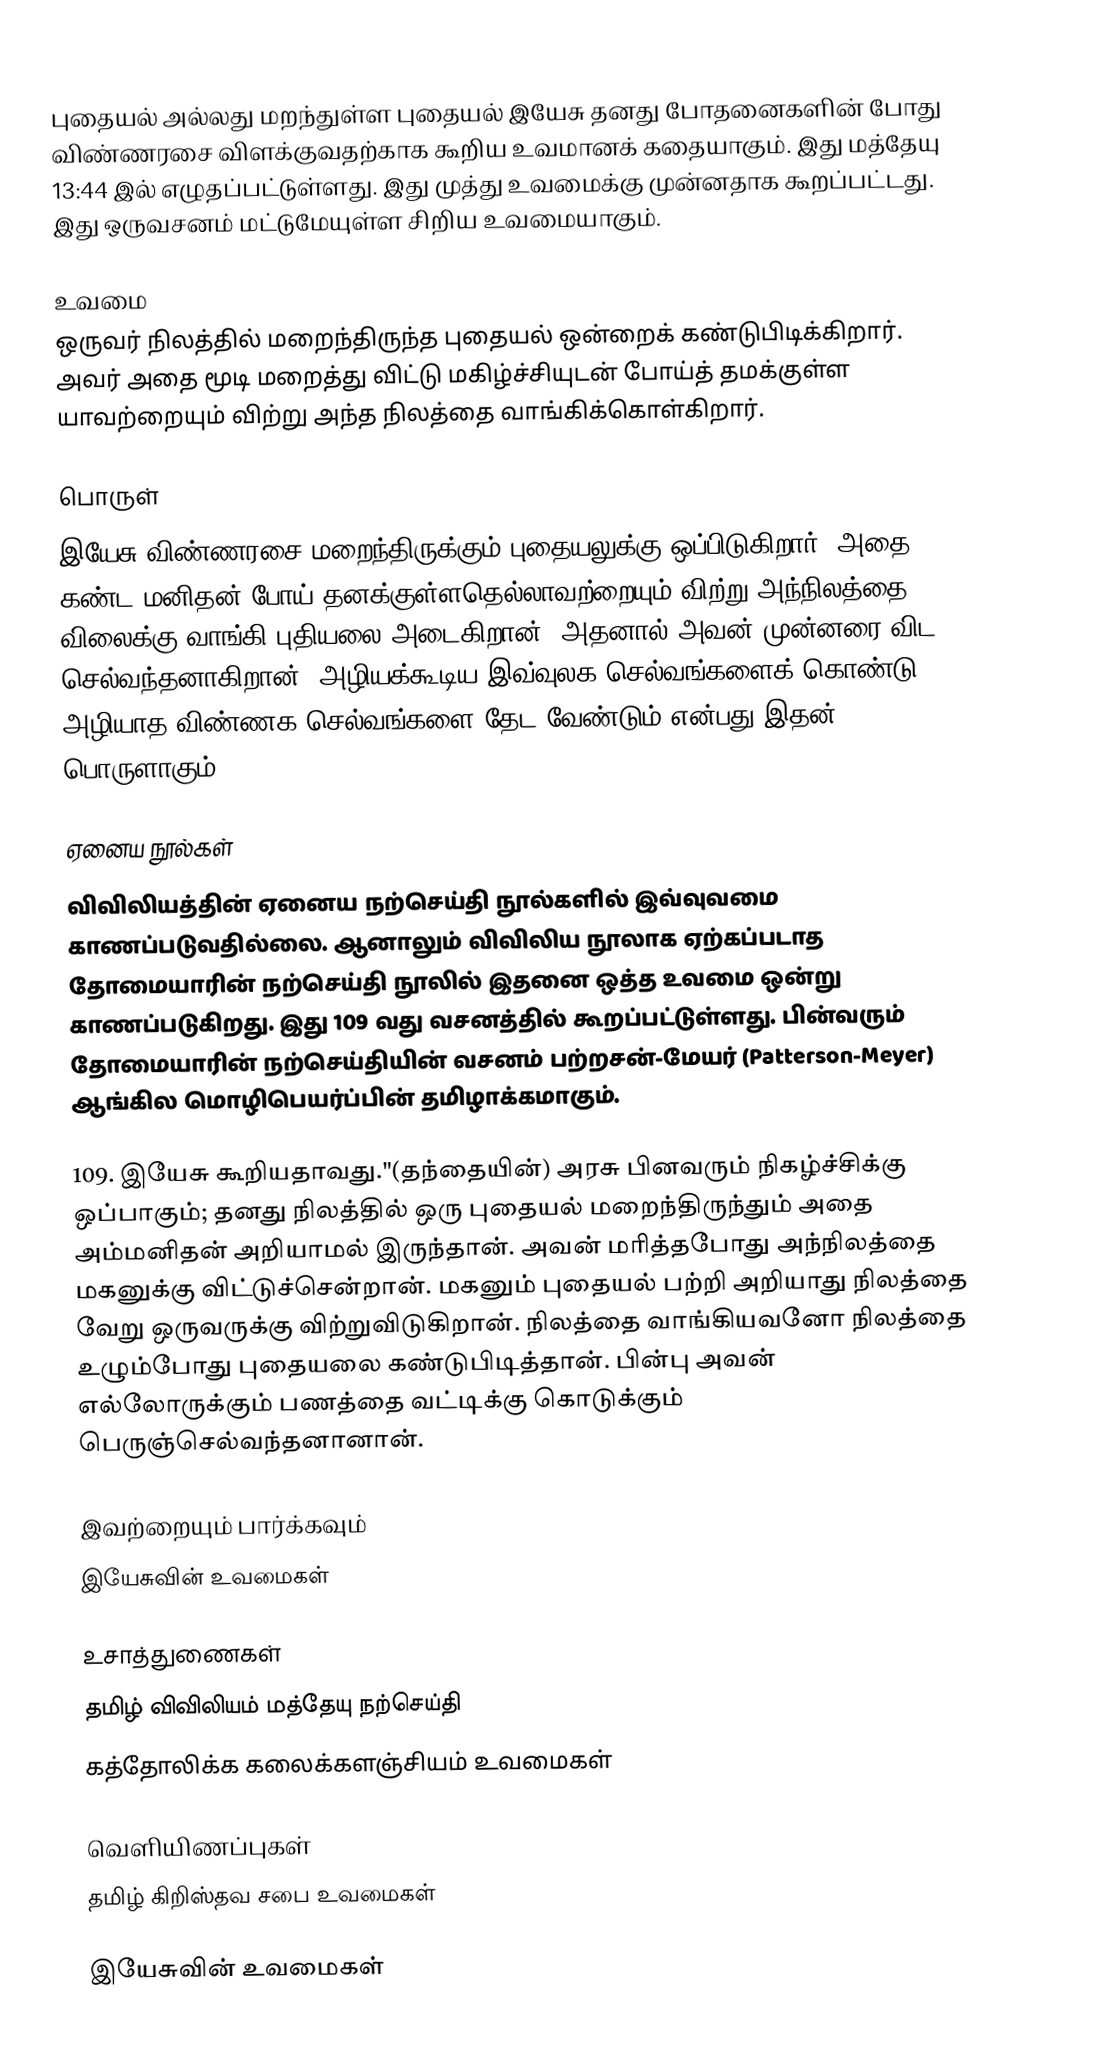
புதையல் அல்லது மறந்துள்ள புதையல் இயேசு தனது போதனைகளின் போது விண்ணரசை விளக்குவதற்காக கூறிய உவமானக் கதையாகும். இது மத்தேயு 13:44 இல் எழுதப்பட்டுள்ளது. இது முத்து உவமைக்கு முன்னதாக கூறப்பட்டது. இது ஒருவசனம் மட்டுமேயுள்ள சிறிய உவமையாகும்.

உவமை
ஒருவர் நிலத்தில் மறைந்திருந்த புதையல் ஒன்றைக் கண்டுபிடிக்கிறார். அவர் அதை மூடி மறைத்து விட்டு மகிழ்ச்சியுடன் போய்த் தமக்குள்ள யாவற்றையும் விற்று அந்த நிலத்தை வாங்கிக்கொள்கிறார்.

பொருள்
இயேசு விண்ணரசை மறைந்திருக்கும் புதையலுக்கு ஒப்பிடுகிறார். அதை கண்ட மனிதன் போய் தனக்குள்ளதெல்லாவற்றையும் விற்று அந்நிலத்தை விலைக்கு வாங்கி புதியலை அடைகிறான். அதனால் அவன் முன்னரை விட செல்வந்தனாகிறான். அழியக்கூடிய இவ்வுலக செல்வங்களைக் கொண்டு அழியாத விண்ணக செல்வங்களை தேட வேண்டும் என்பது இதன் பொருளாகும்.

ஏனைய நூல்கள்
விவிலியத்தின் ஏனைய நற்செய்தி நூல்களில் இவ்வுவமை காணப்படுவதில்லை. ஆனாலும் விவிலிய நூலாக ஏற்கப்படாத தோமையாரின் நற்செய்தி நூலில் இதனை ஒத்த உவமை ஒன்று காணப்படுகிறது. இது 109 வது வசனத்தில் கூறப்பட்டுள்ளது. பின்வரும் தோமையாரின் நற்செய்தியின் வசனம் பற்றசன்-மேயர் (Patterson-Meyer) ஆங்கில மொழிபெயர்ப்பின் தமிழாக்கமாகும்.

109. இயேசு கூறியதாவது."(தந்தையின்) அரசு பினவரும் நிகழ்ச்சிக்கு ஒப்பாகும்; தனது நிலத்தில் ஒரு புதையல் மறைந்திருந்தும் அதை அம்மனிதன் அறியாமல் இருந்தான். அவன் மரித்தபோது அந்நிலத்தை மகனுக்கு விட்டுச்சென்றான். மகனும் புதையல் பற்றி அறியாது நிலத்தை வேறு ஒருவருக்கு விற்றுவிடுகிறான். நிலத்தை வாங்கியவனோ நிலத்தை உழும்போது புதையலை கண்டுபிடித்தான். பின்பு அவன் எல்லோருக்கும் பணத்தை வட்டிக்கு கொடுக்கும் பெருஞ்செல்வந்தனானான்.

இவற்றையும் பார்க்கவும்
இயேசுவின் உவமைகள்

உசாத்துணைகள்
 தமிழ் விவிலியம் மத்தேயு நற்செய்தி
 கத்தோலிக்க கலைக்களஞ்சியம் உவமைகள்

வெளியிணப்புகள்
தமிழ் கிறிஸ்தவ சபை  உவமைகள்

இயேசுவின் உவமைகள்